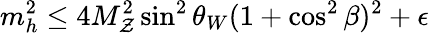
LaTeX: m_{h}^{2}\leq4M_{\mathcal{Z}}^{2}\sin^{2}\theta_{W}(1+\cos^{2}\beta)^{2}+\epsilon